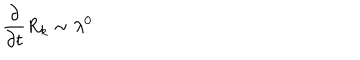
LaTeX: \frac { \partial } { \partial { t } } R _ { k } \sim \lambda ^ { 0 }